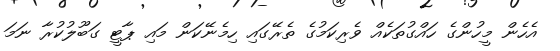
އެހެން މީހުންގެ ހައްގުތަކެއް ވެރިކަމުގެ ތެރޭގައި ހިމެނޭކަން މައި ޕާޓީ ގަބޫލުކުރާ ނަމަ